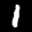
Label: 1